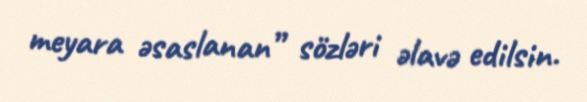
meyara əsaslanan” sözləri əlavə edilsin.